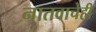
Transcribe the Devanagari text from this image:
नातवाचेही